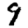
Digit: 9